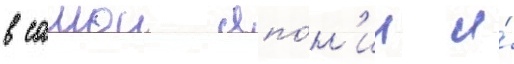
в самои япо́н'ии и́